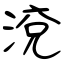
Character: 渷